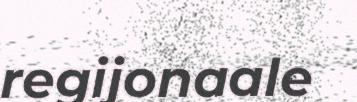
regijonaale